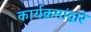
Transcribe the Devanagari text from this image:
कार्यक्रमांद्वारे